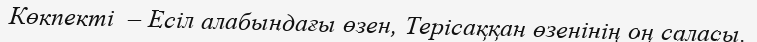
Көкпекті  – Есіл алабындағы өзен, Терісаққан өзенінің оң саласы.